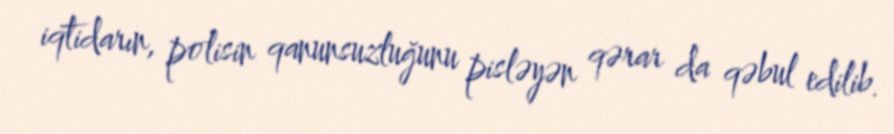
iqtidarın, polisin qanunsuzluğunu pisləyən qərar da qəbul edilib.